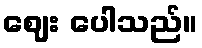
ဈေး ပေါသည်။